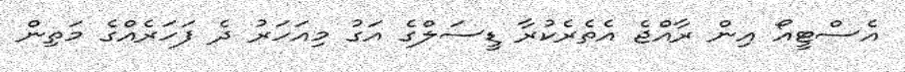
އެސްޓީއޯ އިން ރާއްޖެ އެތެރެކުރާ ޑީސަލްގެ އަގު މިއަހަރު ދެ ފަހަރެއްގެ މަތިން